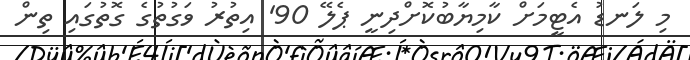
މި ލަނޑު އެޓީމަށް ކާމިޔާބުކޮށްދިނީ ޕެލޭ 90' އިތުރު ވަގުތުގެ ގޮތުގައި ތިން